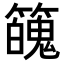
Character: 𥶱